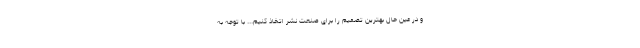
و در عین حال بهترین تصمیم را برای صنعت نشر اتخاذ کنیم... با توجه به